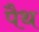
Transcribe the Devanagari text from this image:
पैथ